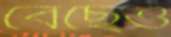
বেছেও